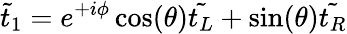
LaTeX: {\tilde{t}}_{1}=e^{+i\phi}\cos(\theta){\tilde{t_{L}}}+\sin(\theta){\tilde{t_{R}}}